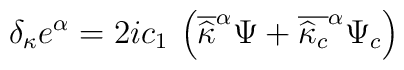
\delta _{\kappa }e^{\alpha }=2ic_{1}\: \left( \overline{\widehat{\kappa }}^{\alpha }\Psi +\overline{\widehat{\kappa }_{c}}^{\alpha }\Psi _{c}\right)